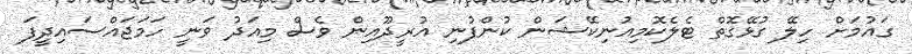
ގައުމަށް ހިލޭ ގުޅޭގޮތް ޓެލެކޮމިއުނިކޭޝަން ކުންފުނި އުރީދޫއިން ވެސް މިއަދު ވަނީ ހަމަޖައްސައިދީފަ